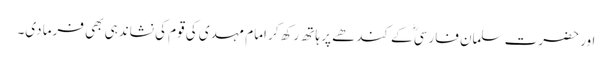
اور حضرت سلمان فارسیؓ کے کندھے پر ہاتھ رکھ کر امام مہدی کی قوم کی نشاندہی بھی فرما دی۔